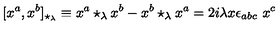
[ x ^ { a } , x ^ { b } ] _ { \star _ { \lambda } } \equiv x ^ { a } \star _ { \lambda } x ^ { b } - x ^ { b } \star _ { \lambda } x ^ { a } = 2 i \lambda x \epsilon _ { a b c } \ x ^ { c }